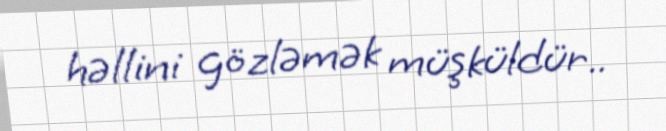
həllini gözləmək müşküldür..